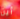
أين